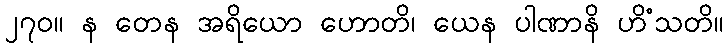
၂၇၀။ န တေန အရိယော ဟောတိ၊ ယေန ပါဏာနိ ဟိံသတိ။